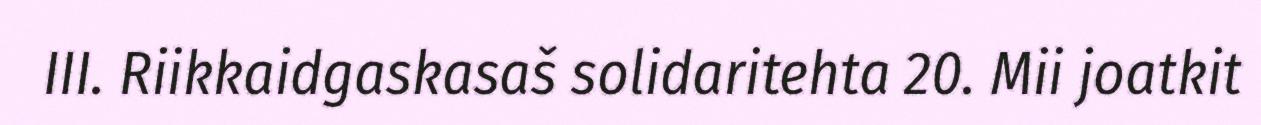
III. Riikkaidgaskasaš solidaritehta 20. Mii joatkit